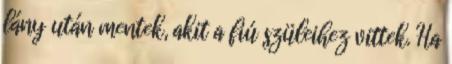
lány után mentek, akit a fiú szüleihez vittek. Ha